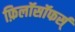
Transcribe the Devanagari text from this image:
फ़िलॉसॉफर्स्